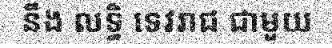
នឹង លទ្ធិ ទេវរាជ ជាមួយ